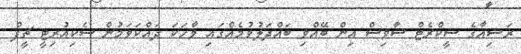
ރަޝިއާގެ ސީކްރެޓް ސާވިސް އިން ބޭއްވި ބައްދަލުވުމެއްގައި ވާހަކަ ދައްކަވަމުން ސެކިއުރިޓީ ޗީފް